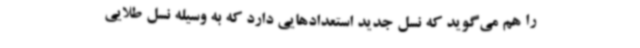
را هم می‌گوید که نسل جدید استعدادهایی دارد که به وسیله نسل طلایی